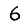
Digit: 6